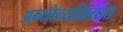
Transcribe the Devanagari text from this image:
अन्योन्यक्रियांत